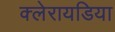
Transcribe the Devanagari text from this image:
क्लेरायडिया